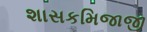
શાસકમિજાજી